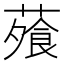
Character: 蕵